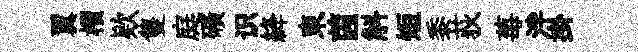
翼檟欵隻庭礦识絳束茵斛短黍荻莓泮掛